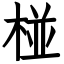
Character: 椪